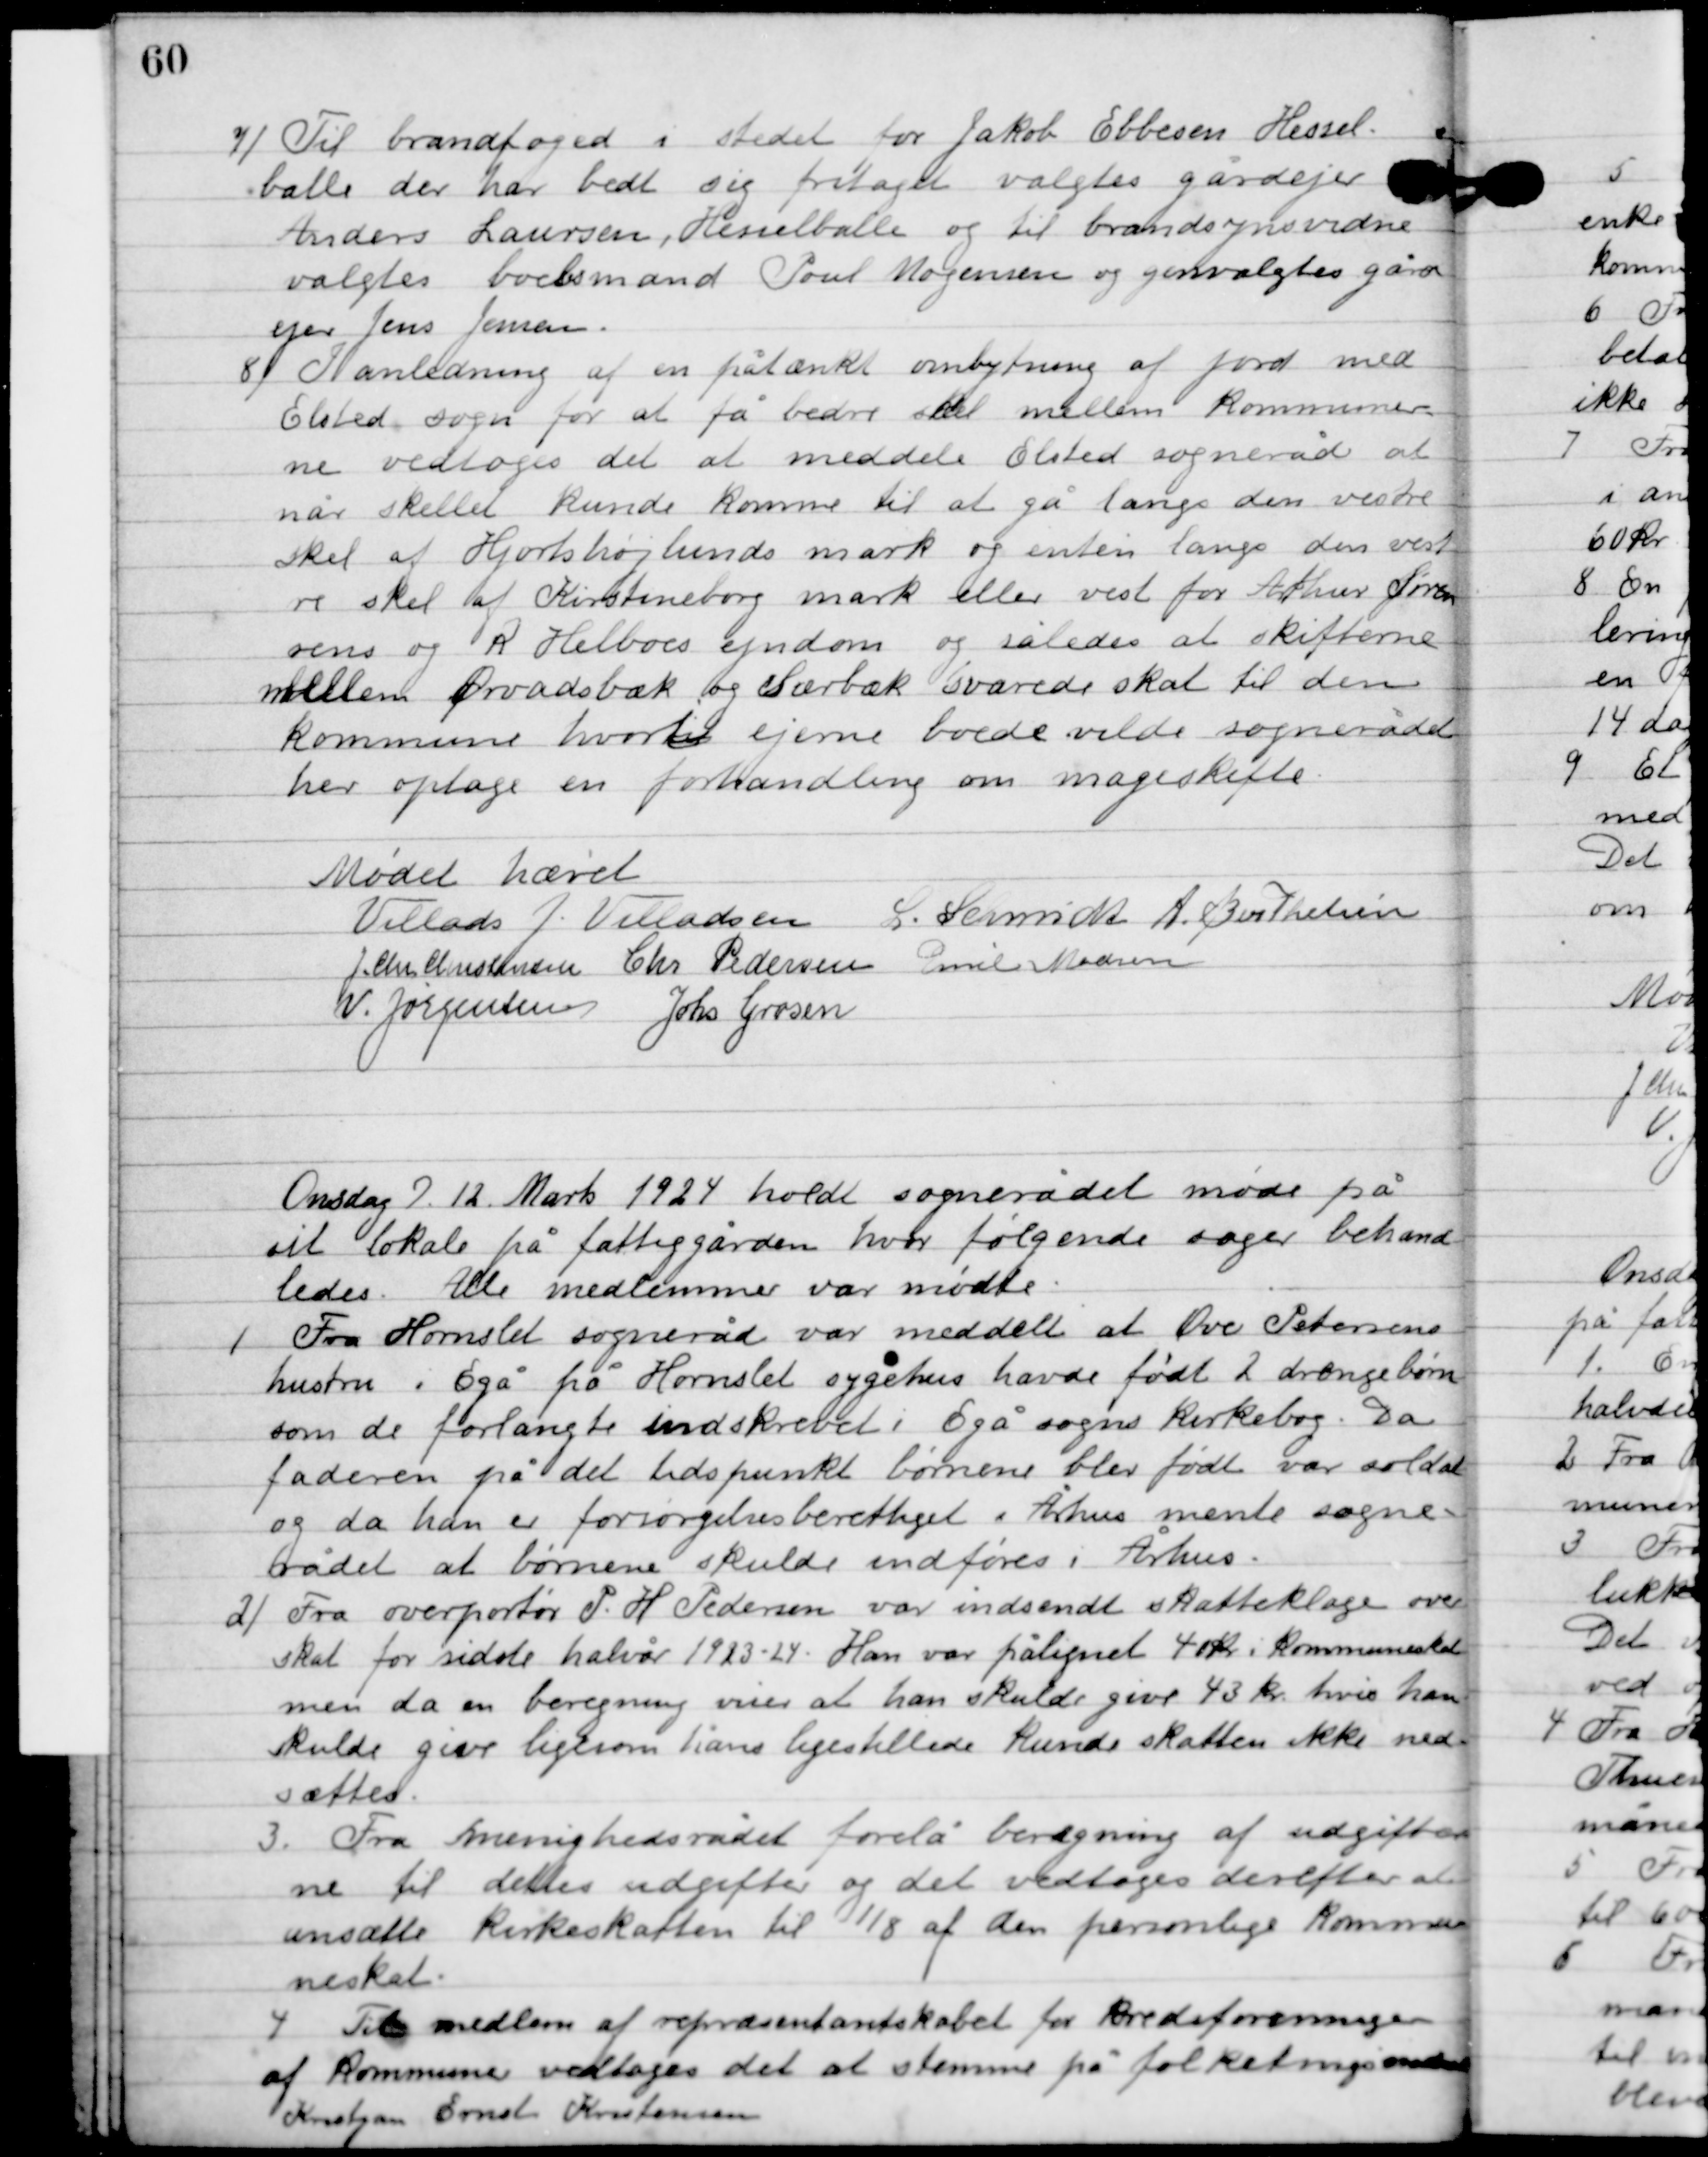
Transskription:
7

Til brandfoged i stedet for Jakob Ebbesen Hessel-
balle der har bedt sig fritaget valgtes gårdejer
Anders Laursen. Hesselballe og til brandsynsvidne
valgtes boelsmand Poul Mogensen og genvalgtes gård-
ejer Jens Jensen.

8

I anledning af en påtænkt ombytning af jord med 
Elsted sogn for at få bedre skel mellem kommuner-
ne vedtoges det at meddele Elsted sogneråd at 
når skillet kunde komme til at gå langs den vestre 
skel af Hjortshøjlunds mark og enten langs den vestre 
skel af Kirstineborg mark eller vest for Arthur Søren-
sens og R. Helboes ejendom og således at skifterne 
mellem Ørvadsbæk og Særbæk svarede skal til den 
kommune hvortil ejerne boede vilde sognerådet 
her optage en forhandling om mageskifte.

Mødet hævet

Villads J. Villadsen
L. Schmidt
A. Berthelsen
J. Chr. Christensen
Chr. Pedersen
Emil Madsen
V. Jørgensen
Johs. Grosen

Onsdag D. 12. Marts 1924 holdt sognerådet møde på
sit lokale på fattiggården, hvor følgende sager behand-
ledes. Alle medlemmer var mødte.

1

Fra Hornslet sogneråd var meddelt at Ove Petersens
hustru, Egå på Hornslet sygehus havde født 2 drengebørn
som de forlangte indskrevet i Egå sogns kirkebog. Da
faderen på det tidspunkt børnene blev født var soldat
og da han er forsørgelse berettiget i Århus mente sogne-
rådet at børnene skulde indføres i Århus.

2

Fra overportør P. H. Pedersen var indsendt skatteklage over
skat for sidste halvår 1923-24. Han var pålignet 41 kr. i kommuneskat
men da en beregning vise at han skulde give 43 kr. hvis han
skulde give ligesom hans ligestillede kunde skatten ikke ned-
sættes.

3

Fra menighedsrådet forelå beregning af udgifter-
ne til dettes udgifter og det vedtoges derefter at
ansætte kirkeskatten til 1/8 af den personlige kommu-
neskat.

4

Til medlem af repræsentantskabet for kreditforeningen
af Kommuner vedtoges det at stemme på folketingsmedlem
Kristjan Ernst Kristensen.